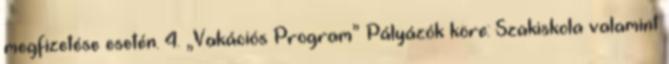
megfizetése esetén. 4. „Vakációs Program” Pályázók köre: Szakiskola valamint